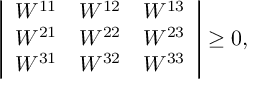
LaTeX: \left| \begin{array} { c c c } { { W ^ { 1 1 } } } & { { W ^ { 1 2 } } } & { { W ^ { 1 3 } } } \\ { { W ^ { 2 1 } } } & { { W ^ { 2 2 } } } & { { W ^ { 2 3 } } } \\ { { W ^ { 3 1 } } } & { { W ^ { 3 2 } } } & { { W ^ { 3 3 } } } \end{array} \right| \geq 0 ,